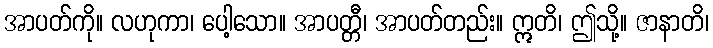
အာပတ်ကို။ လဟုကာ၊ ပေါ့သော။ အာပတ္တီ၊ အာပတ်တည်း။ ဣတိ၊ ဤသို့။ ဇာနာတိ၊